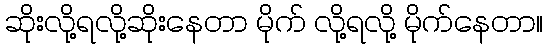
ဆိုးလို့ရလို့ဆိုးနေတာ မိုက် လို့ရလို့ မိုက်နေတာ။